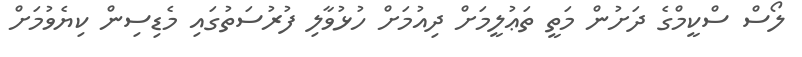
ލޯސް ސްކީމްގެ ދަށުން މަތީ ތަޢުލީމަށް ދިއުމަށް ހުޅުވާލި ފުރުސަތުގައި މެޑިސިން ކިޔެވުމަށް